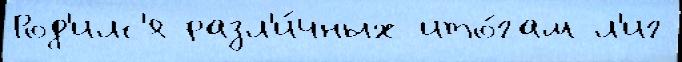
Род'илс'я разл'и́чных ито́гам л'иг